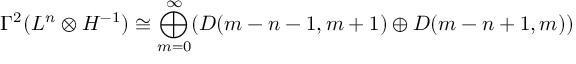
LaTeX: \Gamma ^ { 2 } ( L ^ { n } \otimes H ^ { - 1 } ) \cong \bigoplus _ { m = 0 } ^ { \infty } ( D ( m - n - 1 , m + 1 ) \oplus D ( m - n + 1 , m ) )